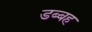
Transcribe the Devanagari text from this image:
डब्बह